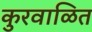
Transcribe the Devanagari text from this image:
कुरवाळित